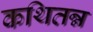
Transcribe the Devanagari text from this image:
कथितन्न